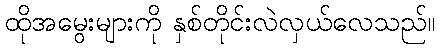
ထိုအမွေးများကို နှစ်တိုင်းလဲလှယ်လေသည်။